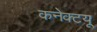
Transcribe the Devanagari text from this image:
कनेक्टयू